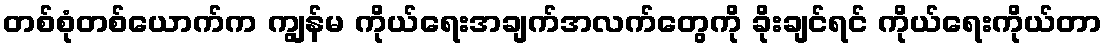
တစ်စုံတစ်ယောက်က ကျွန်မ ကိုယ်ရေးအချက်အလက်တွေကို ခိုးချင်ရင် ကိုယ်ရေးကိုယ်တာ